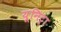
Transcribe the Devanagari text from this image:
यूनिट्रा